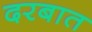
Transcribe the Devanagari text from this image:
दरबात